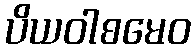
ပိယဝါစမေဝ